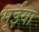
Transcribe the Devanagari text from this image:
भूईंया